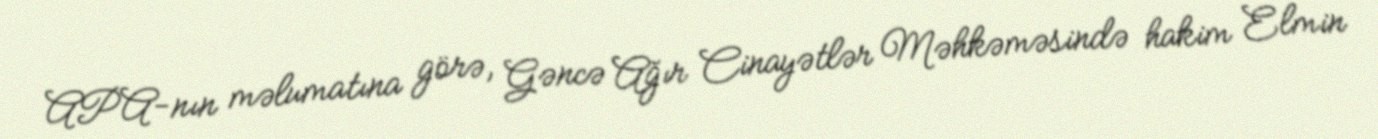
APA-nın məlumatına görə, Gəncə Ağır Cinayətlər Məhkəməsində hakim Elmin